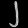
Digit: ၂